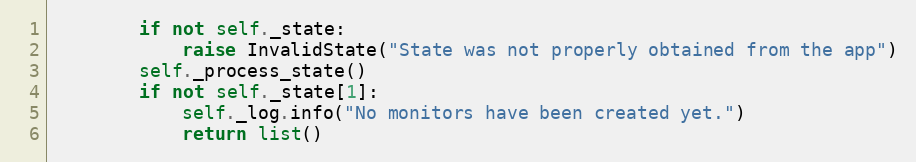
Language: Python
        if not self._state:
            raise InvalidState("State was not properly obtained from the app")
        self._process_state()
        if not self._state[1]:
            self._log.info("No monitors have been created yet.")
            return list()